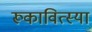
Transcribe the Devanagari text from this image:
रूकावित्स्या